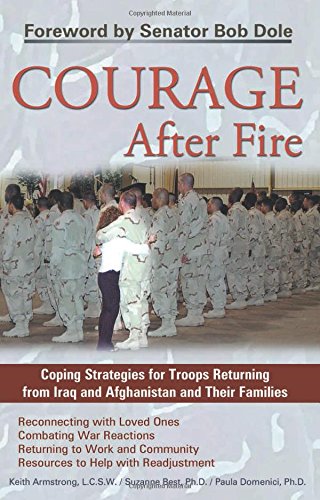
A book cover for Courage After Fire: Coping Strategies for Troops Returning from Iraq and Afghanistan and Their Families; Keith Armstrong; History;